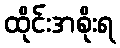
ထိုင်းအစိုးရ